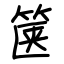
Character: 箧